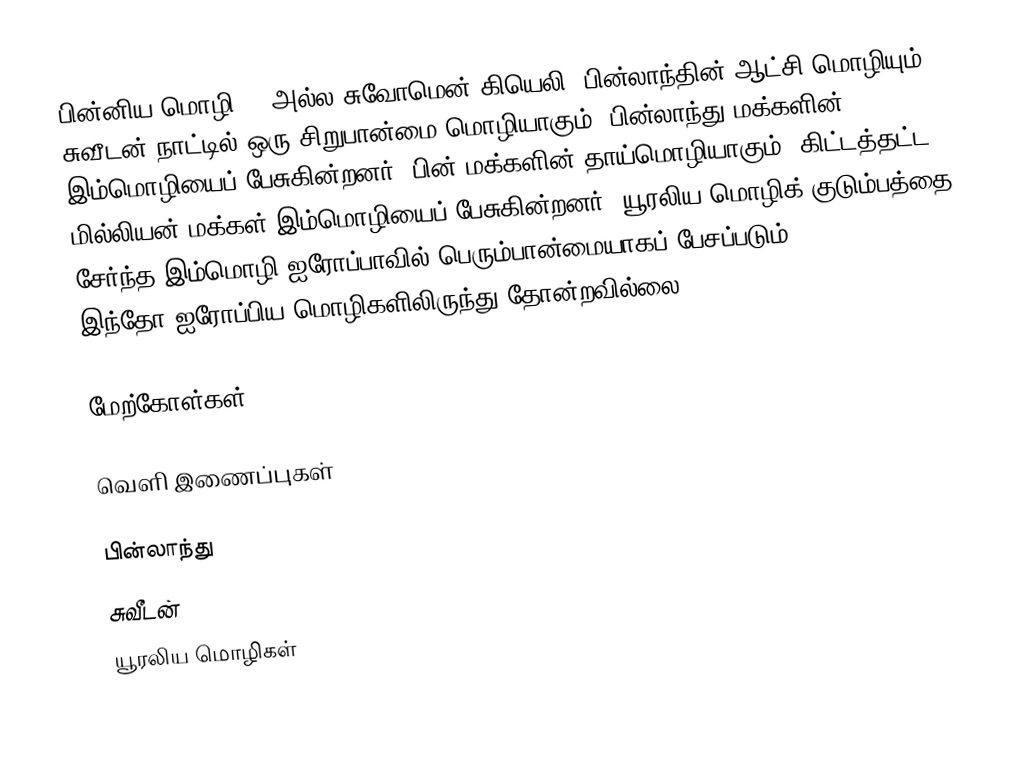
பின்னிய மொழி (, அல்ல சுவோமென் கியெலி) பின்லாந்தின் ஆட்சி மொழியும் சுவீடன் நாட்டில் ஒரு சிறுபான்மை மொழியாகும். பின்லாந்து மக்களின் 92% இம்மொழியைப் பேசுகின்றனர். பின் மக்களின் தாய்மொழியாகும். கிட்டத்தட்ட 6 மில்லியன் மக்கள் இம்மொழியைப் பேசுகின்றனர். யூரலிய மொழிக் குடும்பத்தை சேர்ந்த இம்மொழி ஐரோப்பாவில் பெரும்பான்மையாகப் பேசப்படும் இந்தோ-ஐரோப்பிய மொழிகளிலிருந்து தோன்றவில்லை.

மேற்கோள்கள்

வெளி இணைப்புகள்

பின்லாந்து
சுவீடன்
யூரலிய மொழிகள்